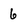
Character: 6